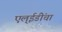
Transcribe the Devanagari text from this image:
एल्‌ईडींचा